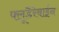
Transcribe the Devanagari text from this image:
फ्लूडैरेबाईन